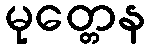
မုတ္တေန